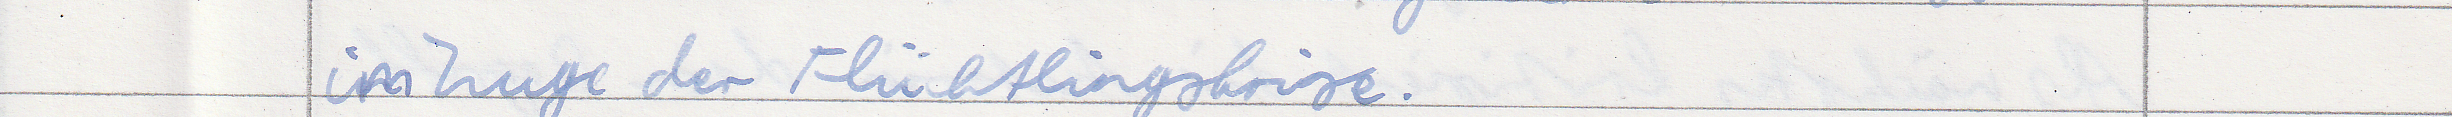
im Zuge der Flüchtlingskrise.